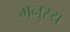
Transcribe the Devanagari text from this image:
मनुस्य